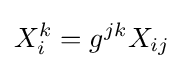
X_{i}^{k}=g^{jk}X_{ij}